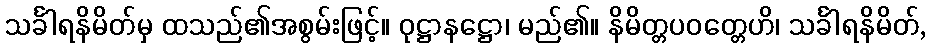
သင်္ခါရနိမိတ်မှ ထသည်၏အစွမ်းဖြင့်။ ဝုဋ္ဌာနဋ္ဌော၊ မည်၏။ နိမိတ္တပဝတ္တေဟိ၊ သင်္ခါရနိမိတ်,